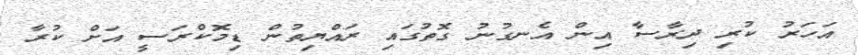
އަހަރު ކުރި ދިރާސާ އިން އެނގުނު ގޮތުގައި ރައްޔިތުން ޑިމޮކްރަސީ އަށް ކުރާ